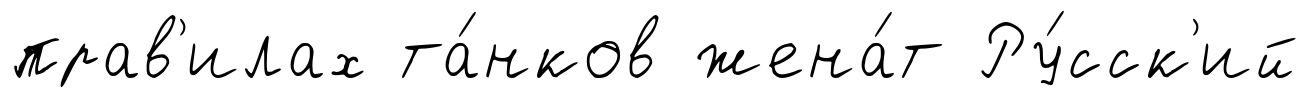
прав'илах та́нков жена́т Ру́сск'ий